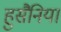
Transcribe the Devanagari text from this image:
हुसैनिया